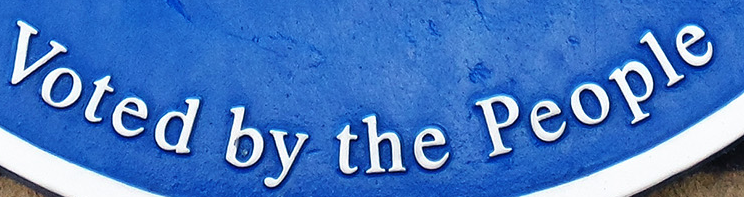
Voted by the People